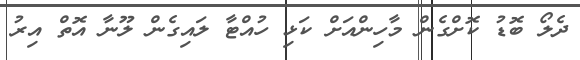
ދެލޯ ބޮޑު ކޮށްގެން މާހިންއަށް ކަޅި ހުއްޓާ ލައިގެން ލޫނާ އޮތް އިރު